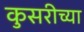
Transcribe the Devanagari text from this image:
कुसरीच्या